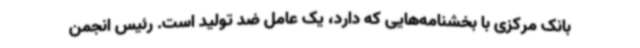
بانک مرکزی با بخشنامه‌هایی که دارد، یک عامل ضد تولید است. رئیس انجمن